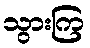
သွားကြ